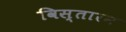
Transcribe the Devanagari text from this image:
विस्तारन